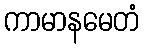
ကာမာနမေတံ